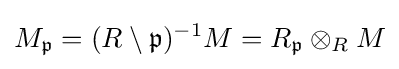
M_{\mathfrak {p}}=(R\setminus {\mathfrak {p}})^{-1}M=R_{\mathfrak {p}}\otimes _{R}M